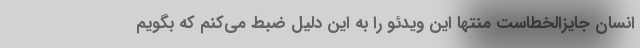
انسان جایزالخطاست منتها این ویدئو را به این دلیل ضبط می‌کنم که بگویم